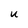
Character: u